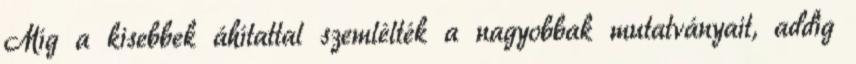
Míg a kisebbek áhítattal szemlélték a nagyobbak mutatványait, addig